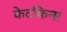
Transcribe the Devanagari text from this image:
केटकिन्स